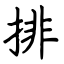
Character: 排